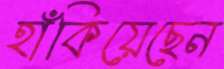
হাঁকিয়েছেন